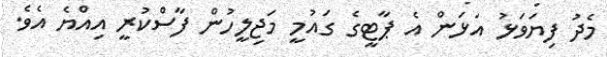
މެދު ފިޔަވަޅު އަޅަން އެ ޕާޓީގެ ގައުމީ މަޖިލީހުން ފާސްކުރީ އިއްޔެ އެވެ.